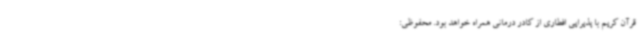
قرآن کریم با پذیرایی افطاری از کادر درمانی همراه خواهد بود. محفوظی: